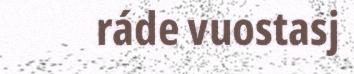
ráde vuostasj